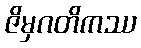
ဇိမှဂတိကဿ